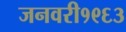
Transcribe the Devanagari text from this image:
जनवरी१९६३